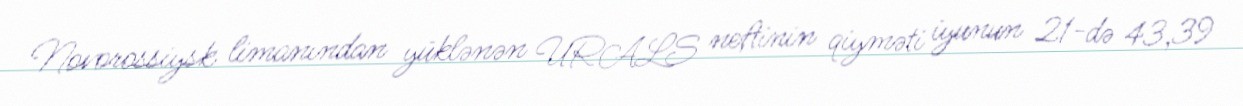
Novorossiysk limanından yüklənən URALS neftinin qiyməti iyunun 21-də 43,39